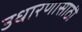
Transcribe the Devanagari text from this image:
उधारणासाठी